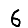
Digit: 6